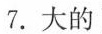
7.大的___